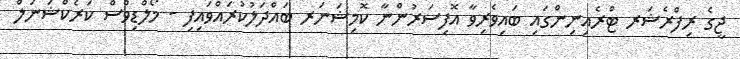
ޖީގެ ރިފްރެޝަރ ޓްރެއިނިންގައި ބައިވެރިވާ އޮފިސަރުންނާ ކޮމިޝަނަރ ބައްދަލުކުރައްވައިފި - މޯލްޑިވްސް ކަރެކްޝަނަލް